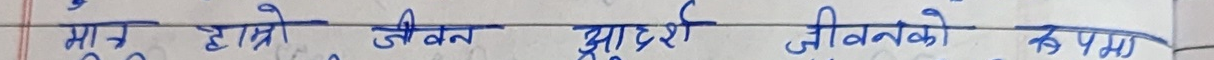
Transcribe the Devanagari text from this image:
मान हाम्रो जीवन आदर्श जीवनको रूपमा